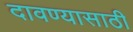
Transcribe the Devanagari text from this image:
दावण्यासाठी